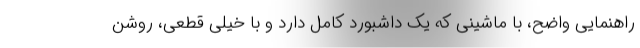
راهنمایی واضح، با ماشینی که یک داشبورد کامل دارد و با خیلی قطعی، روشن